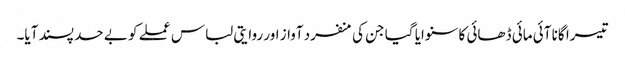
تیسرا گانا آئی مائی ڈھائی کا سنوایا گیا جن کی منفرد آواز اور روایتی لباس عملے کو بے حد پسند آیا۔